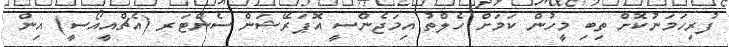
ފުރިހަމަނުކޮށް ތިބި މީހުން ކަމަށްް ހެލްތު އިމަޖެންސީ އޮޕަރޭޝަން ސެންޓަރ (އެޗްއީއޯސީ) އިން